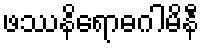
ဖဿနိရောဓဂါမိနီ